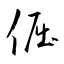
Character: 倔